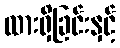
ထားရှိခြင်းနှင့်